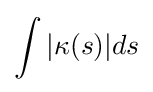
\int |\kappa (s)|ds